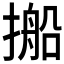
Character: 𪮥